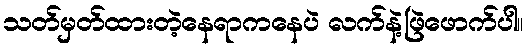
သတ်မှတ်ထားတဲ့နေရာကနေပဲ လက်နဲ့ဖြဲဖောက်ပါ။